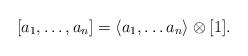
LaTeX: \begin{align*}[a_1,\dots,a_n]= \langle a_1,\dots a_n\rangle\otimes[1]. \end{align*}